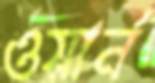
ওয়ার্ন